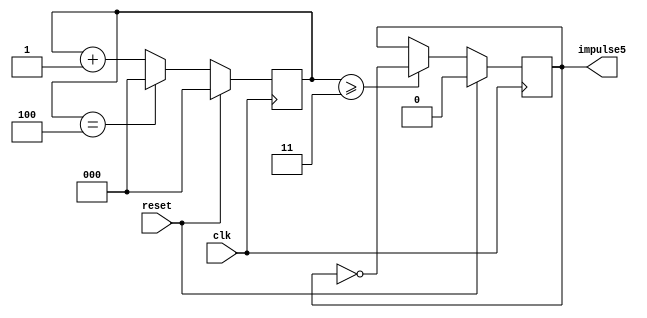

module impulse5(
    input clk,
    input reset,
    output reg impulse5
);

reg [2:0] count;

always @(posedge clk ) begin
    if (reset)
        {impulse5, count} <= 3'h0;
    else begin
        
        impulse5    <= (count >= 3'h3) ? ~impulse5 : impulse5;
        count       <= (count == 3'h4) ? 3'h0 : count + 1;
    end
end

endmodule